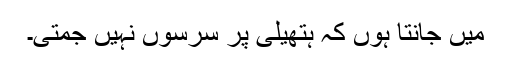
میں جانتا ہوں کہ ہتھیلی پر سرسوں نہیں جمتی۔